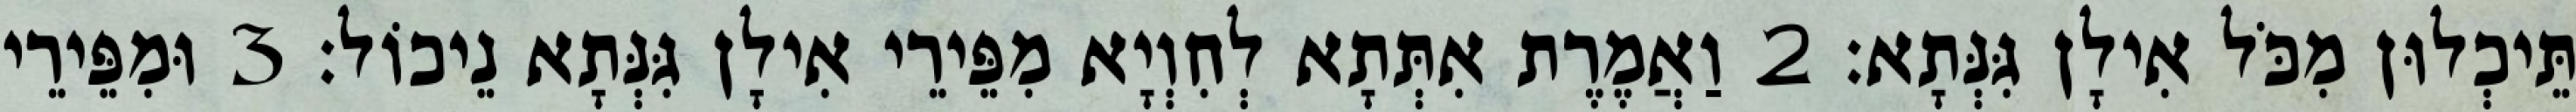
תֵּיכְלוּן מִכֹּל אִילָן גִּנְּתָא׃ 2 וַאֲמֶרֶת אִתְּתָא לְחִוְיָא מִפֵּירֵי אִילָן גִּנְּתָא נֵיכוֹל׃ 3 וּמִפֵּירֵי